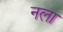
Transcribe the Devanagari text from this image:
नला